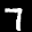
Label: 7